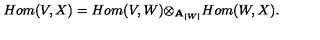
H o m ( V , X ) = H o m ( V , W ) { \otimes } _ { { \bf A } _ { | W | } } H o m ( W , X ) .